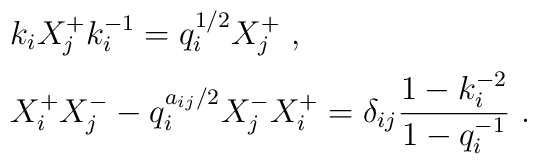
\begin{array}{rcl}& &k_iX^+_jk_i^{-1}=q_i^{1/2}X^+_j~,\\[2mm]&&X^+_iX^-_j-q^{a_{ij}/2}_iX^-_jX^+_i=\delta_{ij}\displaystyle\frac{1-k_i^{-2}}                                    {1-q^{-1}_i}~.\end{array}